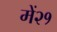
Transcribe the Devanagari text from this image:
में२१